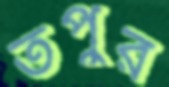
তপুর